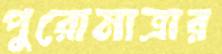
পুরোমাত্রার